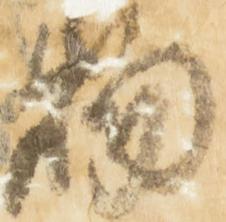
物